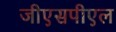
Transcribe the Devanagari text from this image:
जीएसपीएल